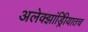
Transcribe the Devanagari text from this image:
अलेक्झांड्रिीयातच